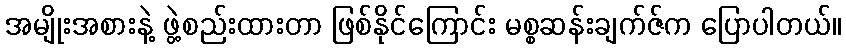
အမျိုးအစားနဲ့ ဖွဲ့စည်းထားတာ ဖြစ်နိုင်ကြောင်း မစ္စဆန်းချက်ဇ်က ပြောပါတယ်။